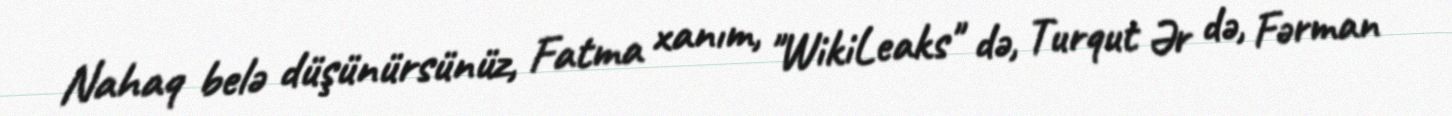
Nahaq belə düşünürsünüz, Fatma xanım, "WikiLeaks" də, Turqut Ər də, Fərman